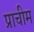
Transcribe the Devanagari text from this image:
प्राचीम